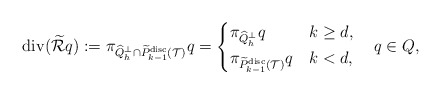
\begin{align*}\mathrm{div} (\widetilde{\mathcal{R}}q):=\pi_{\widehat{Q}_h^\perp\cap \widetilde{P}_{k-1}^{\mathrm{disc}}(\mathcal{T})} q=\begin{cases}\pi_{\widehat{Q}_h^\perp} q &k\geq d,\\\pi_{\widetilde{P}_{k-1}^{\mathrm{disc}}(\mathcal{T})} q &k<d,\end{cases}\quad q\in Q,\end{align*}